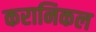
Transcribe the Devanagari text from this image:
करानिकल